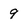
Character: 9